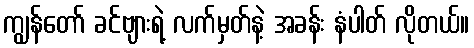
ကျွန်တော် ခင်ဗျားရဲ့ လက်မှတ်နဲ့ အခန်း နံပါတ် လိုတယ်။